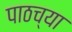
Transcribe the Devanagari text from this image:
पाठच्या